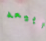
أبيعه